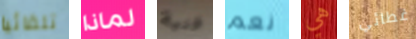
تلقائيا لماذا فنية نعم هي غطائي